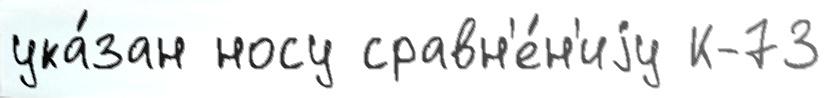
ука́зан носу сравн'е́н'иjу К-73